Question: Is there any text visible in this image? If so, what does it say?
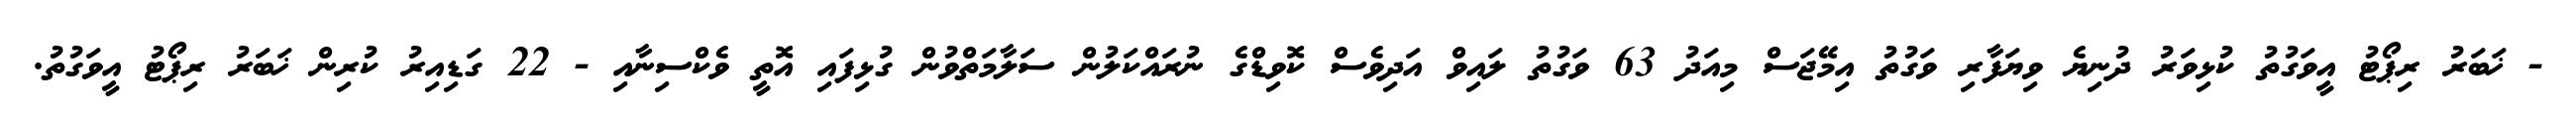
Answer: - ޚަބަރު ރިޕޯޓު އީވަގުތު ކުޅިވަރު ދުނިޔެ ވިޔަފާރި ވަގުތު އިމޭޖަސް މިއަދު 63 ވަގުތު ލައިވް އަދިވެސް ކޮވިޑްގެ ނުރައްކަލުން ސަލާމަތްވުން ގުޅިފައި އޮތީ ވެކްސިނާއި - 22 ގަޑިއިރު ކުރިން ޚަބަރު ރިޕޯޓު އީވަގުތު.